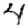
Digit: 4